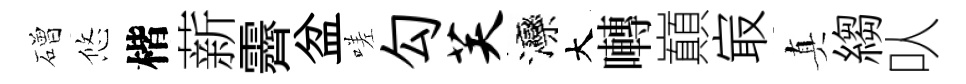
磳悠楷薪霽盆嗟勾芙灤大囀巔㝡真縐㕥